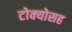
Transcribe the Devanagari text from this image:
टोक्योसह